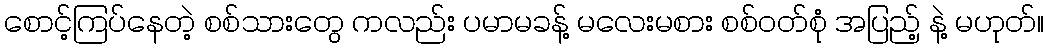
စောင့်ကြပ်နေတဲ့ စစ်သားတွေ ကလည်း ပမာမခန့် မလေးမစား စစ်ဝတ်စုံ အပြည့် နဲ့ မဟုတ်။